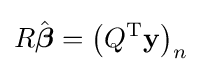
R{\hat {\boldsymbol {\beta }}}=\left(Q^{\rm {T}}\mathbf {y} \right)_{n}